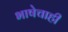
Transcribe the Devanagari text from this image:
भाषेचाही